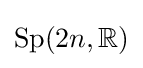
{\text{Sp}}(2n,\mathbb {R} )